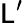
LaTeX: \mathsf{L}^{\prime}